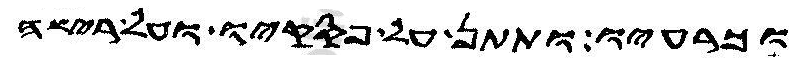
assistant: וכרעיו ותתן על פסקיו ועל רישה